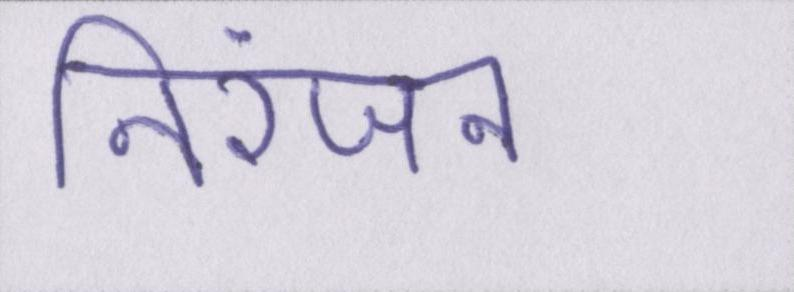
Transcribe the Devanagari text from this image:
निरंजन